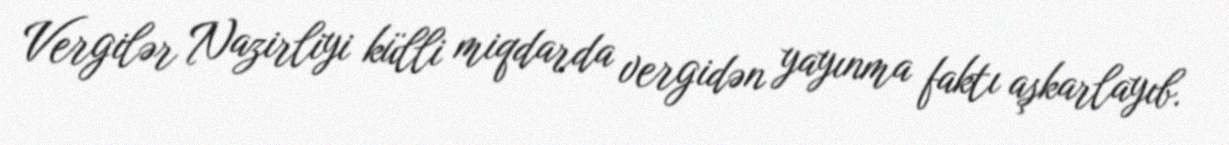
Vergilər Nazirliyi külli miqdarda vergidən yayınma faktı aşkarlayıb.